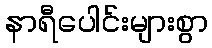
နာရီပေါင်းများစွာ